Document type: Emphyteutic lease
Year: 1316
Scribe: Guillem de Vila
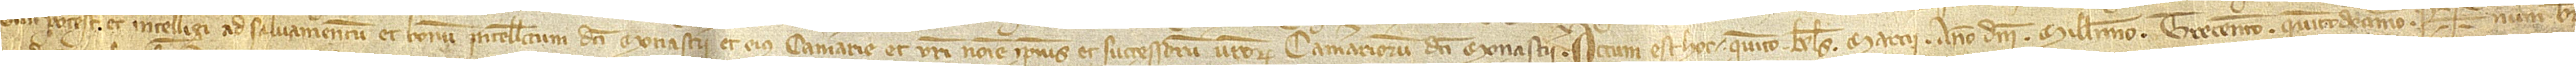
dici potest et intelligi ad salvamentum et bonum intellectum dicti monasterii et eius camerarie et vestri nomine ipsius et successorum vestrorum camerariorum dicti monasterii.  Actum est hoc quinto kalendas marcii, anno Domini millesimo trecentesimo quintodecimo.  Sig+num Ber-